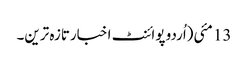
13 مئی(اُردو پوائنٹ اخبارتازہ ترین۔